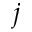
j